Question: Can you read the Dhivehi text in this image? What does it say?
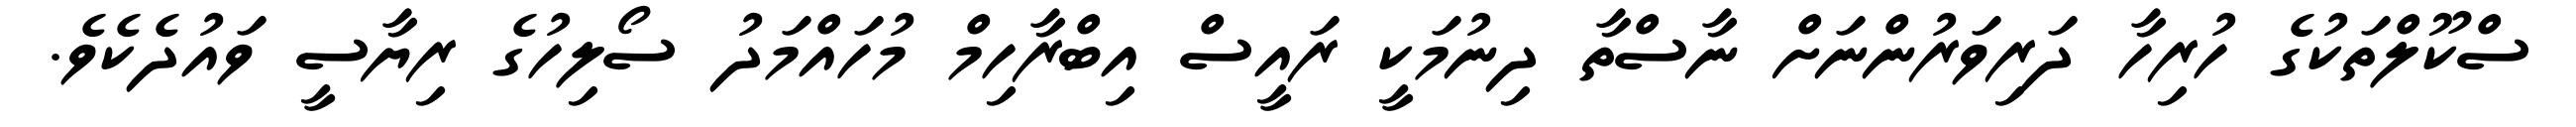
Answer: ސްކޫލްތަކުގެ ހުރިހާ ދަރިވަރުންނަށް ނާސްތާ ދިނުމަކީ ރައީސް އިބްރާހިމް މުހައްމަދު ސޯލިހުގެ ރިޔާސީ ވައުދެކެވެ.